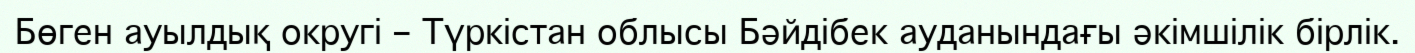
Бөген ауылдық округі – Түркістан облысы Бәйдібек ауданындағы әкімшілік бірлік.